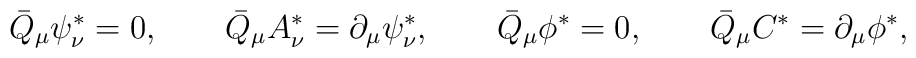
\bar{Q}_\mu \psi_\nu^* = 0,\qquad\bar{Q}_\mu A_\nu^* = \partial_\mu \psi_\nu^*,\qquad\bar{Q}_\mu \phi^* = 0, \qquad\bar{Q}_\mu C^* = \partial_\mu \phi^*,